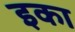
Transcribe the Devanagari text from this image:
इका